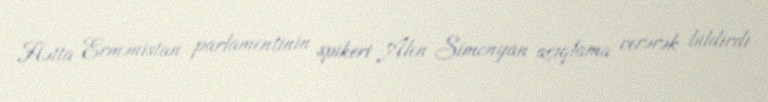
Hətta Ermənistan parlamentinin spikeri Alen Simonyan açıqlama verərək bildirdi